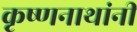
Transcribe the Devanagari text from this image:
कृष्णनाथांनी